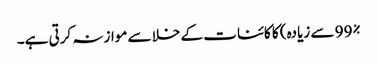
99% سے زیادہ) کا کائنات کے خلا سے موازنہ کرتی ہے۔